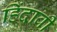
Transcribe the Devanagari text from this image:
हिंदावी